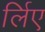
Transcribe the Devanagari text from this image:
र्लिए